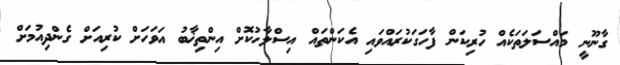
ގާނޫނީ މައްސަލަތަކެއް ހުރިކަން ފާހަގަކުރައްވައި އެކަންތައް އިސްލާހުކޮށް އިންތިޚާބު އަވަހަށް ކުރިއަށް ގެންދިއުމަށް